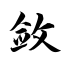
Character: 敛